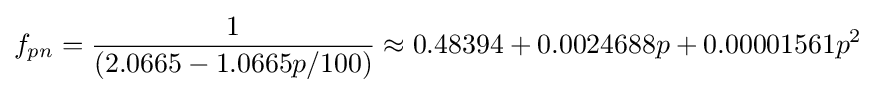
f_{pn}={1 \over (2.0665-1.0665p/100)}\approx 0.48394+0.0024688p+0.00001561p^{2}